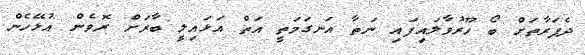
ދެފަރާތަށް ބޯ ހޫރުވާލައިފައި ނަތާ އަނގަމަތީ އަތް އަޅައިލީ ބާރަށް ރޮވެން އުޅޭހެން